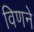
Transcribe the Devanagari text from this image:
विणने